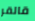
قالقر